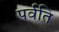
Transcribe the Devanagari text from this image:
पर्वति